Riigikantselei, lk 50
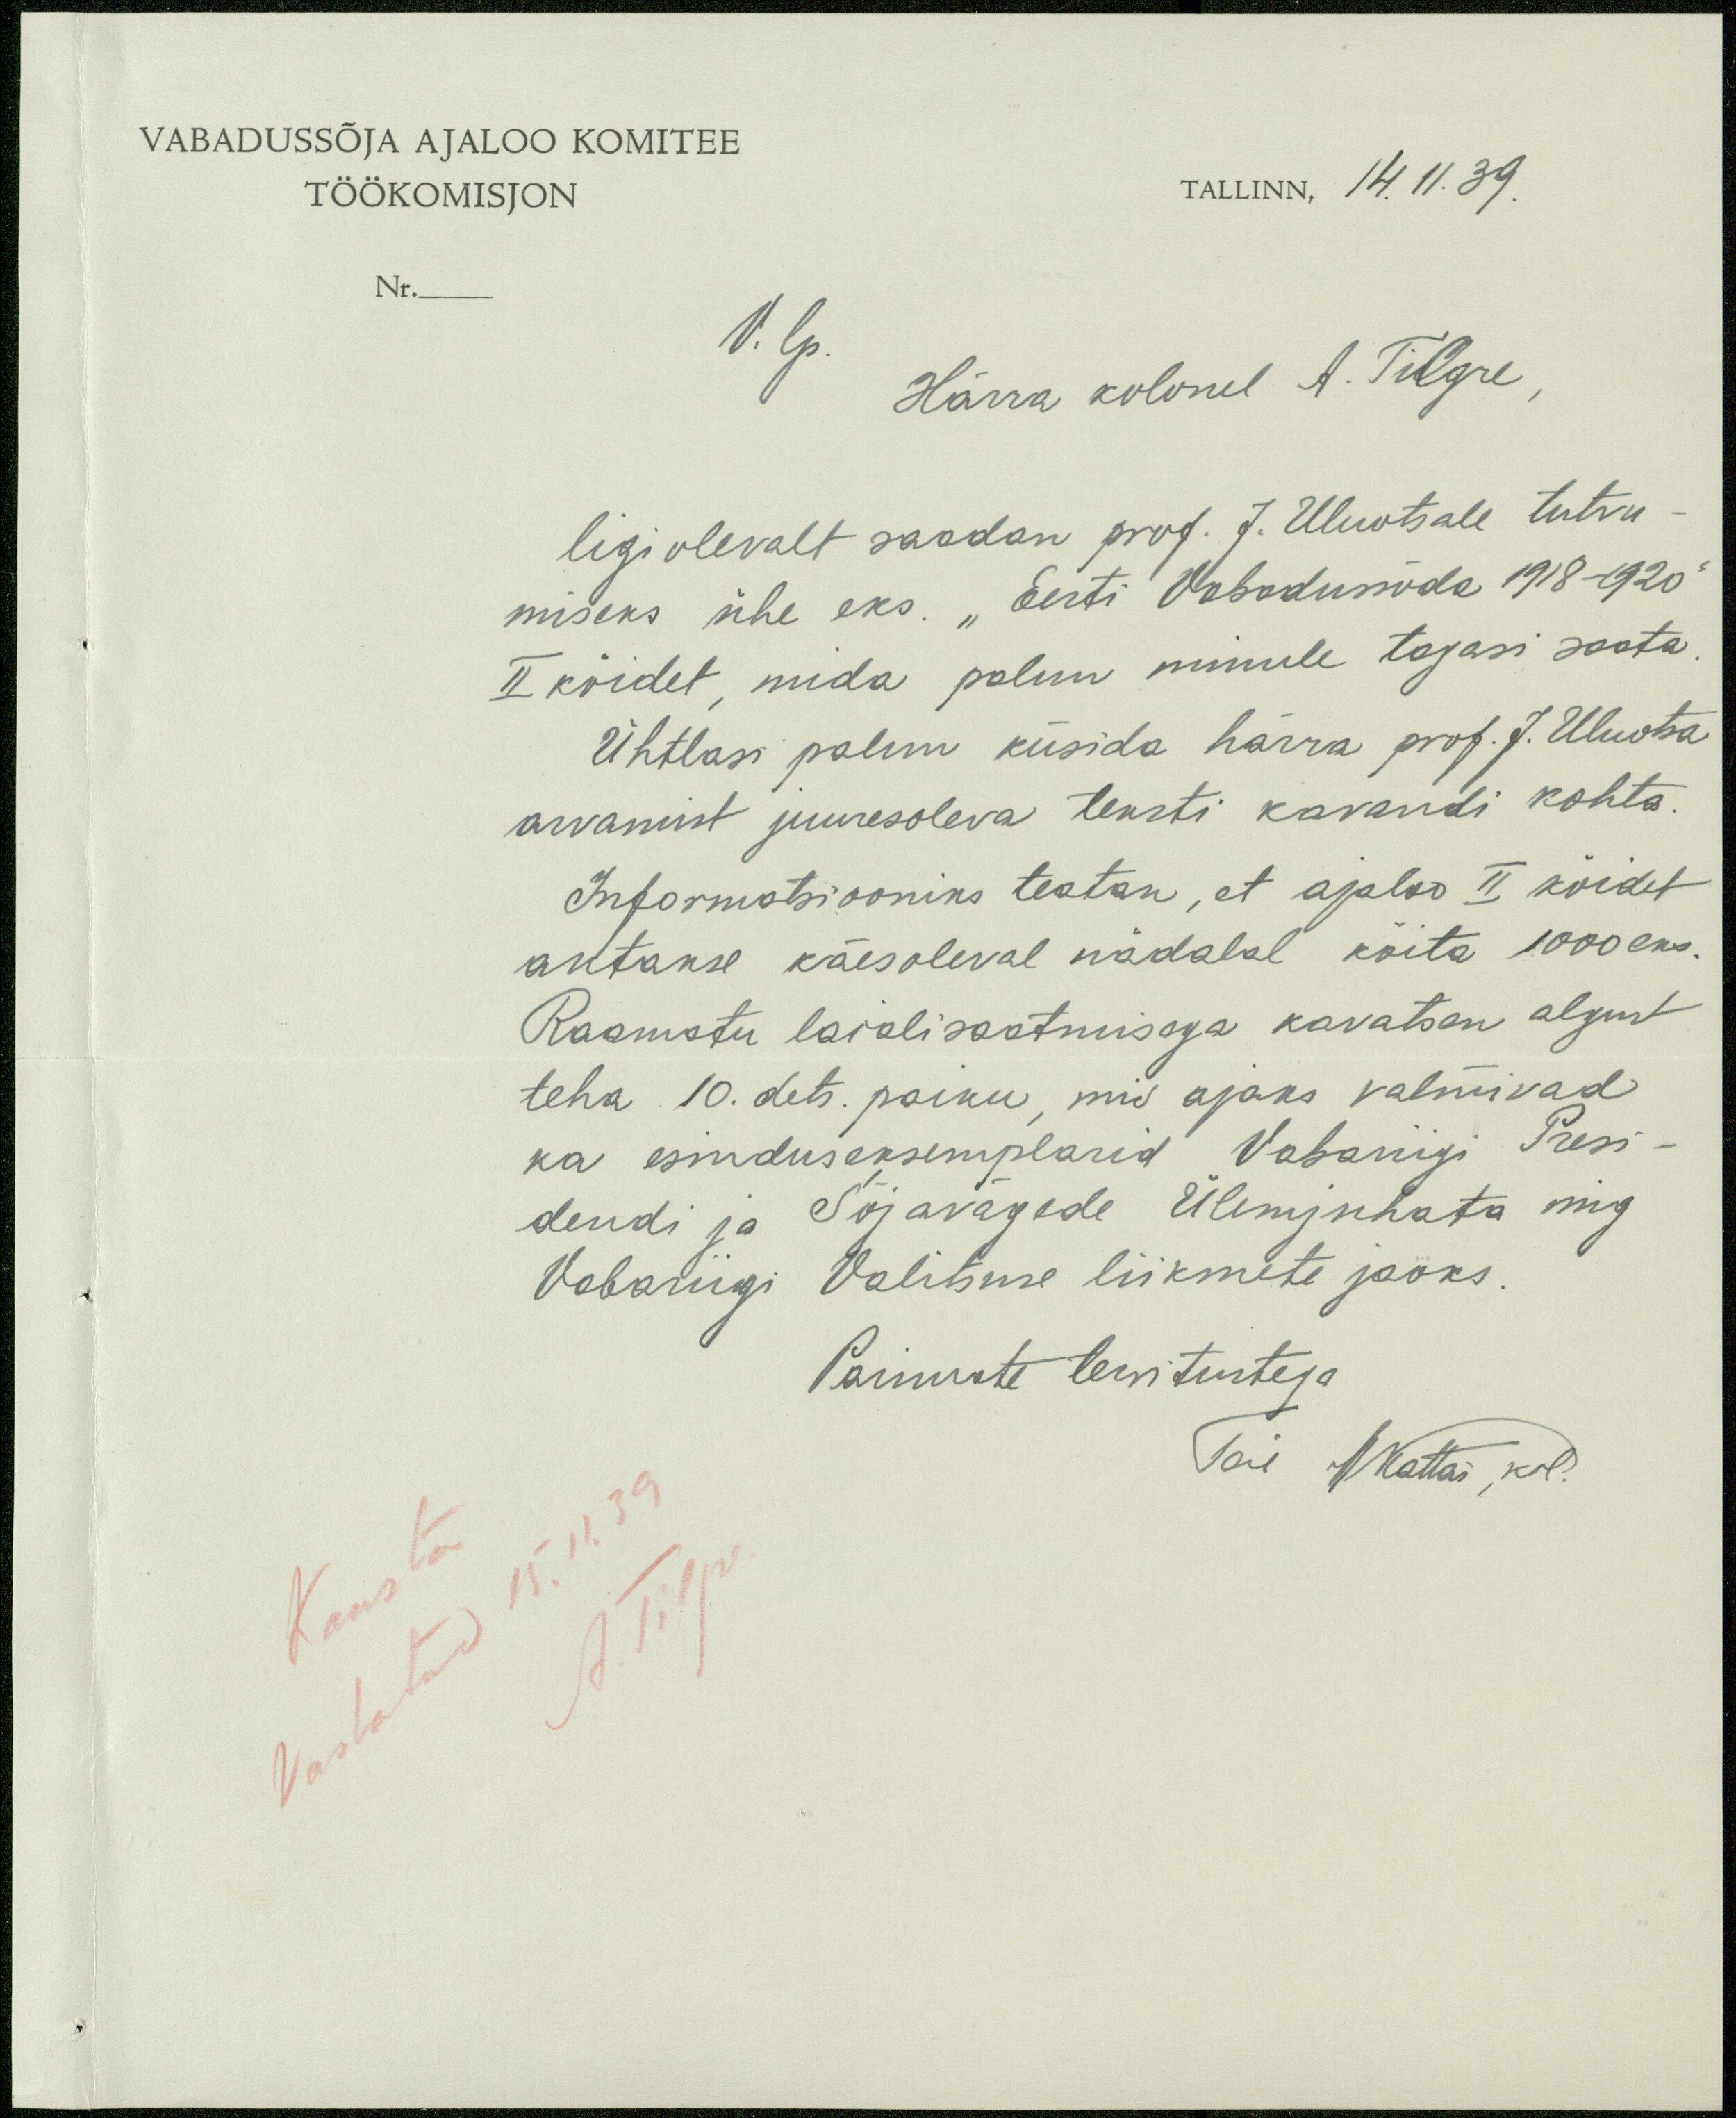
VABADUSSÕJA AJALOO KOMITEE
TÖÖKOMISJON
TALLINN, 14.11.39.
V. lp.
Härra kolonel A. Tilgre,
ligi olevalt saadan prof. J. Uluotsale tutru
miseks ühe eks. "Eesti Vabadussõda 1918-1920
II kõidet, mida polun minule tagasi saata.
Ühtlasi palun küsida härra prof. J. Uluotsa
arvamust juuresoleva teksti kavandi kohta.
Informatsiooniks teatan, et ajaloo II köidet
asutakse käesoleval nädalal kõite 1000eks.
Raamatu laialisaatmisega kavatsen algust
teha 10. dets. paiku, mis ajaks valmivad
ka esinduseksemplarid Vabariigi Presi-
dendi ja Sõjavagede Ülemjuhata ning
Vabariigi Valitsuse liikmete jaoks.
Parimate tervitustega
Teie M Kattai, kol.
Vastatud 15.11.39
Kausta